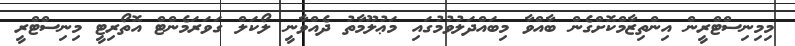
މިމިނިސްޓްރީން އިންތިޒާމްކޮށްގެން ބާއްވާ މިބައްދަލުވުމުގައި މަޢުލޫމާތު ދެއްވާނީ ލޯކަލް ގަވަރަމެންޓް އޮތޯރިޓީ މިނިސްޓްރީ